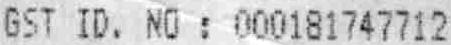
GST ID. NO : 000181747712